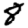
Digit: 8